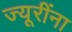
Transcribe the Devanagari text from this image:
ज्यूरींना